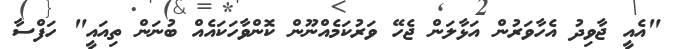
"އެއީ ޖާވިދު އެހާވަރުން އަޅާލަން ޖެހޭ ވަރުކަމެއްނޫން ކޮންވާހަކައެއް ބުނަން ތިއައީ" ހަފްސާ